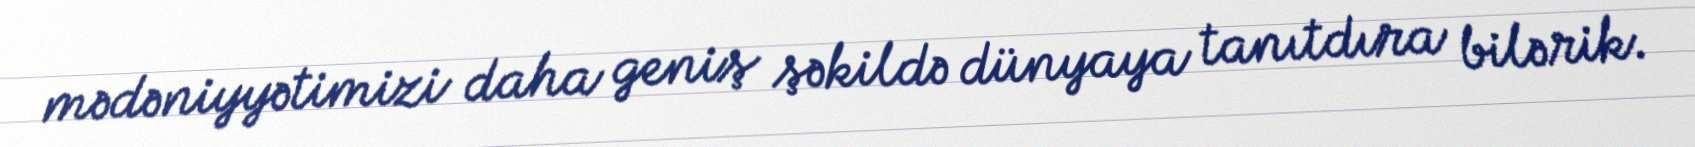
mədəniyyətimizi daha geniş şəkildə dünyaya tanıtdıra bilərik.